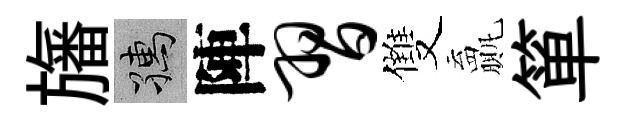
旛孺陣习雙贏箪